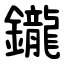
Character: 鑨